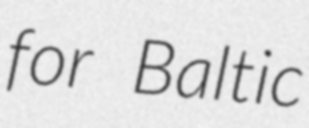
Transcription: for Baltic